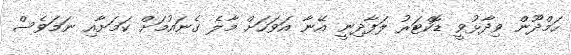
ހަމްދޫން ވިދާޅުވީ ޑޮކްޓަރު ލަފާދިނީ އޭނާ އަވަހަށް މާލެ ގެނައުމަށް ކަމަށާއި ނަމަވެސް